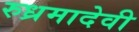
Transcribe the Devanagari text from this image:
रुध्रमादेवी